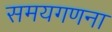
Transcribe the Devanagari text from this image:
समयगणना